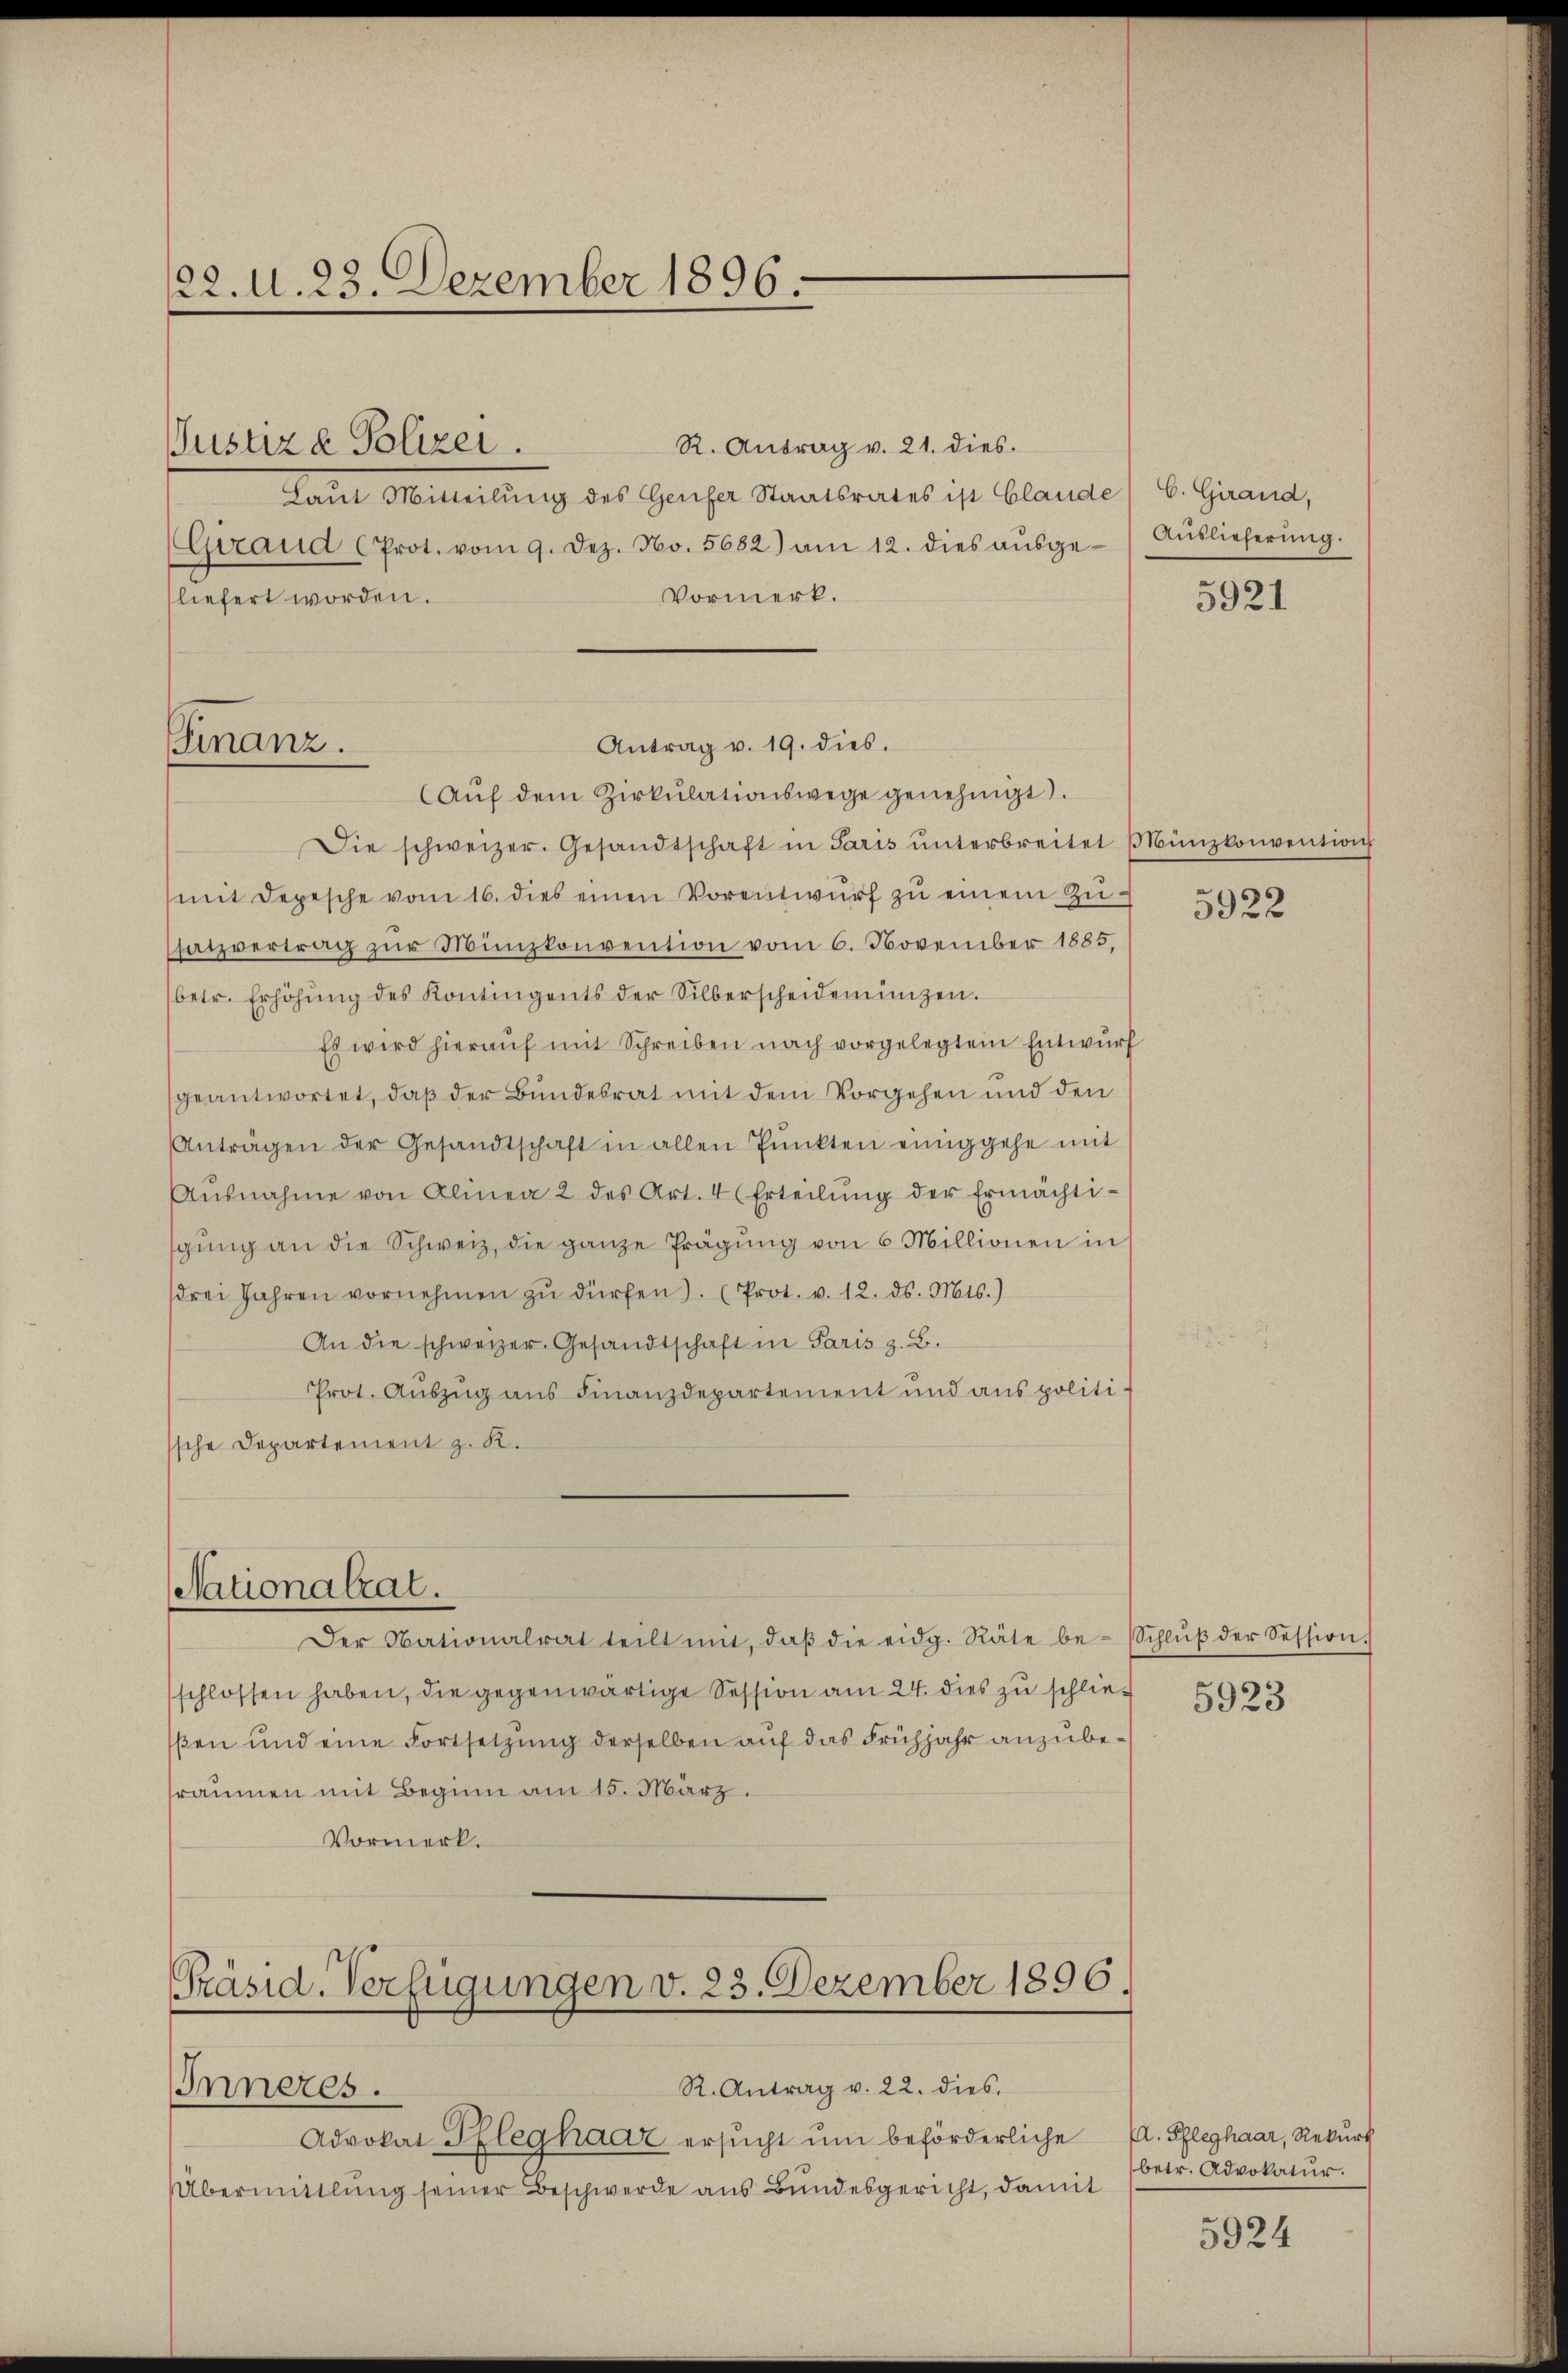
22. d. 23. Dezember 1896.

liefert worden.

R. Antrag v. 21. dies.
Laut Mitteilŭng des Genfer Staatsrates ist Claude) C. Girand,
(Giraud (Prot. vom 9. Dez. No. 5682) am 12. dies aŭsge-Aŭslieferŭng.
Vormerk.

Justiz & Polizei.

Die schweizer. Gesandtschaft in Paris ŭnterbreitet Münzkonvention
mit Depesche vom 16. dies einen Vorentwŭrf zŭ einem Zusatzvertrag zŭr Münzkonvention vom 6. November 1885,
betr. Erhöhŭng des Kontingents der Silberscheidemünzen.
Es wird hierauf mit Schreiben nach vorgelegtem Entwurf
geantwortet, daß der Bundesrat mit dem Vorgehen und den
Anträgen der Gesandtschaft in allen Pŭnkten einiggehe mit
Aŭsnahme von Alinea 2 des Art. 4 (Erteilŭng der Ermächti-
gŭng an die Schweiz, die ganze Prägung von 6 Millionen in
drei Jahren vornehmen zŭ dürfen. (Prot. v. 12. ds. Mts.)
An die schweizer. Gesandtschaft in Paris z. B.
Prot. Auszug aus Finanzdepartement und aus politissche Departement z. R.

Finanz.

Nationalrat.

Antrag v. 19. dies.
Aŭf dem Zirkŭlationswege genehmigt.

Der Nationalrat teilt mit, daβ die eidg. Räte be- Schlŭβ der Session.
schlossen haben, die gegenwärtige Session am 24. dies zu schließen und eine Fortsetzung derselben auf das Frühjahr anzuberäumen mit Beginn am 15. März.
Vormerk.

Präsid. Verfügungen v. 23. Dezember 1896.
R. Antrag v. 22. dies
Inneres.

Advokat Pfleghaar ersucht um beförderliche
Übermittlung seiner Beschwerde aus Bundesgericht, damit

5921

5922

5923

A. Pfleghaar, Rekurs
betr. Advokatur.

5924